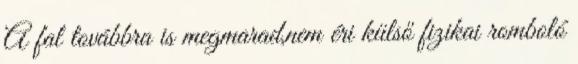
A fal továbbra is megmarad,nem éri külső fizikai romboló